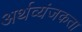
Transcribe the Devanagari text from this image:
अर्थव्यंजकता